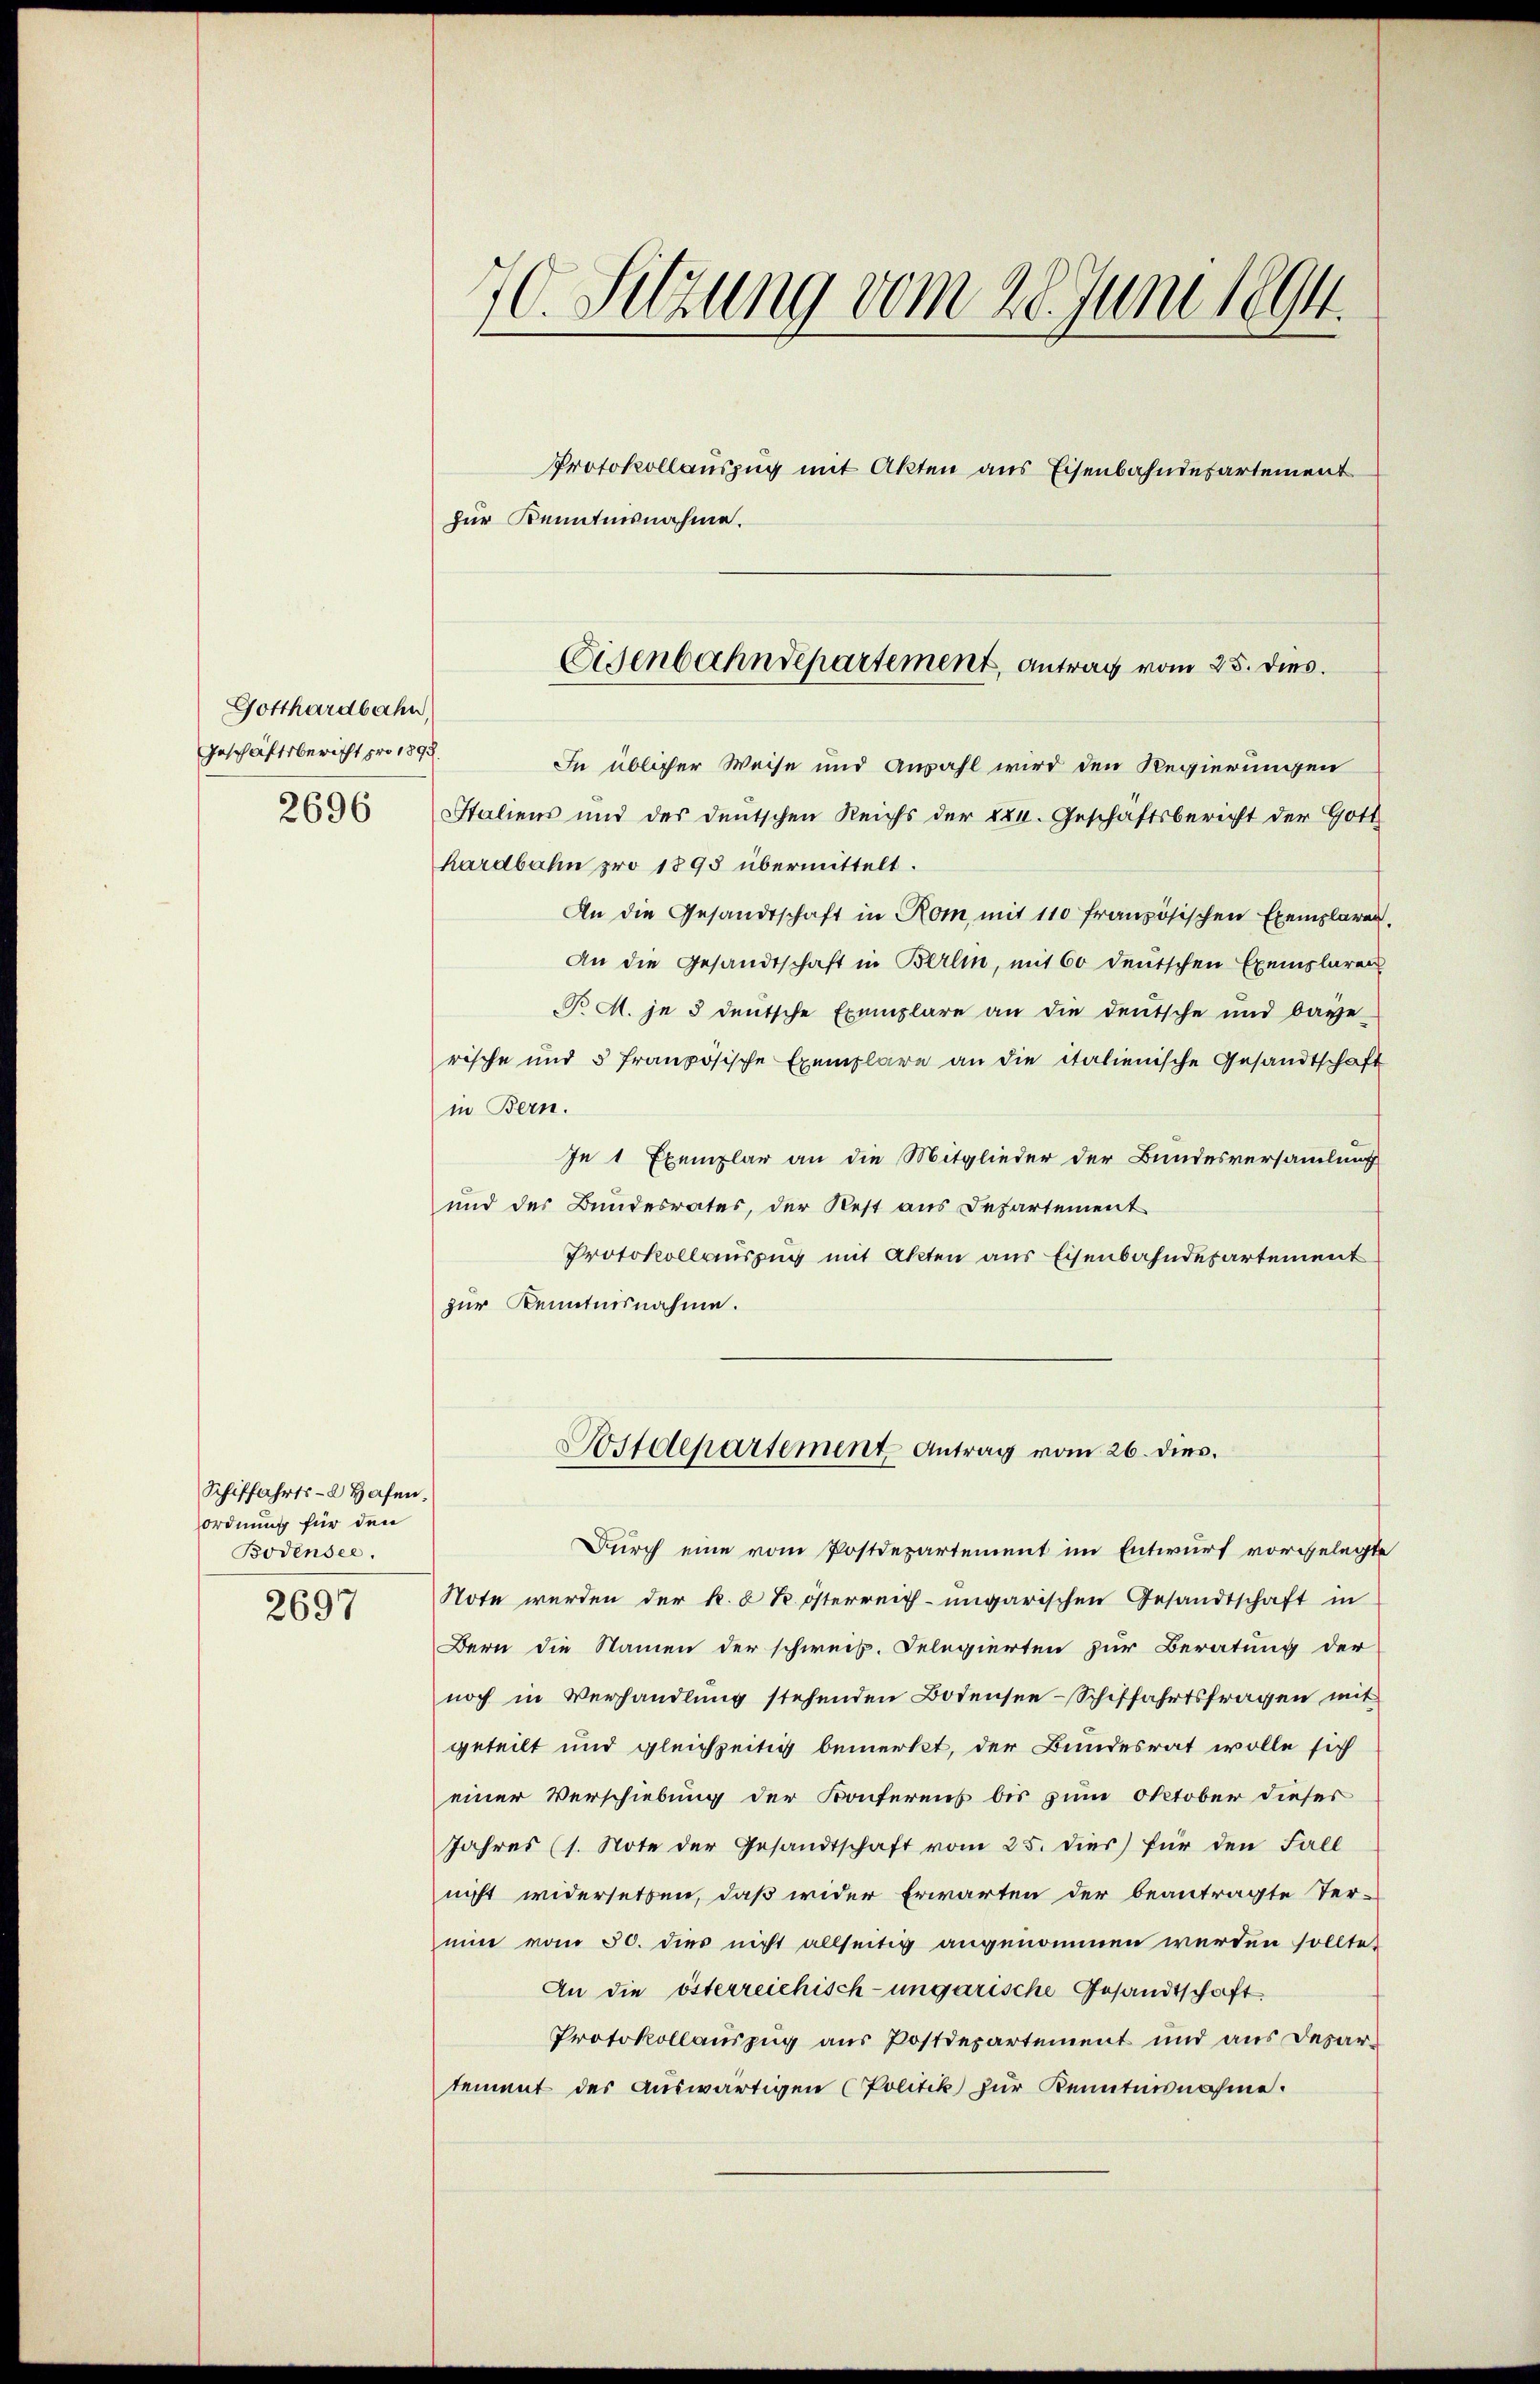
Gotthardbahn,
Geschäftsbericht pro 1893.
2696

Schiffahrts- 2 Hafen.
Ordnung für den
Bodensee.
2697

70. Sitzung vom 28. Juni 1894.
Protokollauszug mit Akten aus Eisenbahndepartement
zur Kenntnisnahme.

In üblicher Weise und Anzahl wird den Regierungen
Italiens und des deutschen Reichs der 280. Geschäftsbericht der Gott
hardbahn pro 1895 übermittelt.
An die Gesandtschaft in Rom, mit 110 französischen Exemplaren,
An die Gesandtschaft in Berlin, mit 60 deutschen Exemplaren
R. M. je 3 deutsche Exemplare an die deutsche und baye
rische und 5 französische Exemplare an die italienische Gesandtschaft
in Bern.
In 1 Exemplar an die Mitglieder der Bundesversammlung
und der Bundesrates, der Rest aus Departement
Protokollauszug mit Akten aus Eisenbahndepartement
zur Kenntnisnahme.
Bstdepartement Antrag vom 26. dies.
Durch eine vom Postdepartement im Entwurf vorgelegte
Note werden der k. k. österreich-ungarischen Gesandtschaft in
Bern die Namen der schweiz. Delegierten zur Beratung der
noch in Verhandlung stehenden Bodensee-Schiffahrtsfragen mit
geteilt und gleichzeitig bemerkt, der Bundesrat wolle sich
einer Verschiebung der Konferens bis zum Oktober dieser
Jahres (1. Note der Gesandtschaft vom 25. dies für den Fall
nicht widersetzen, daß wider Erwarten der beantragte Ter-
nin vom 30. dies nicht allseitig angenommen werden sollte?
An die österreichisch-ungarische Gesandtschaft
Protokollauszug aus Postdepartement und aus Desartement des auswärtigen (Politik zur Kenntnisnahme.

Eisenbahndepartement, antrag vom 25. dies.